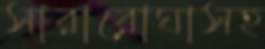
সারারোঘাসহ